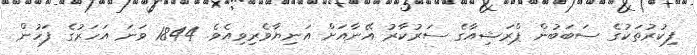
ފިކުރުތަކުގެ ސަބަބުން ޕްރަޝިއާގެ ސަރުކާރު އޭނާއަށް އަނިޔާވެރިވިއެވެ. 1844 ވަނަ އަހަރުގެ ފަހުން